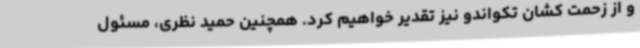
و از زحمت کشان تکواندو نیز تقدیر خواهیم کرد. همچنین حمید نظری، مسئول